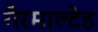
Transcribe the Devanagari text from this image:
गैरमाल्टेड